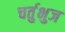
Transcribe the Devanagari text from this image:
चर्तुभुज